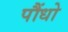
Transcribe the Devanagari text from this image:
पौंधो